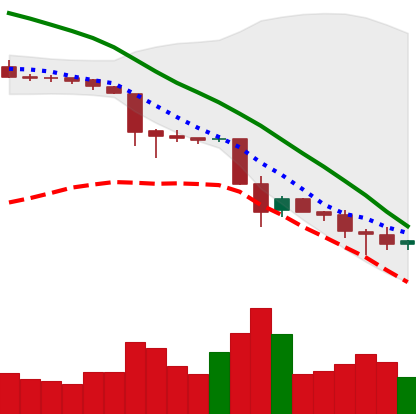
Ticker: TRX-USD
Chart end date: 2018-11-27
Forward return: 25.981%
Label: up_7plus